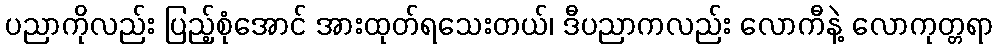
ပညာကိုလည်း ပြည့်စုံအောင် အားထုတ်ရသေးတယ်၊ ဒီပညာကလည်း လောကီနဲ့ လောကုတ္တရာ